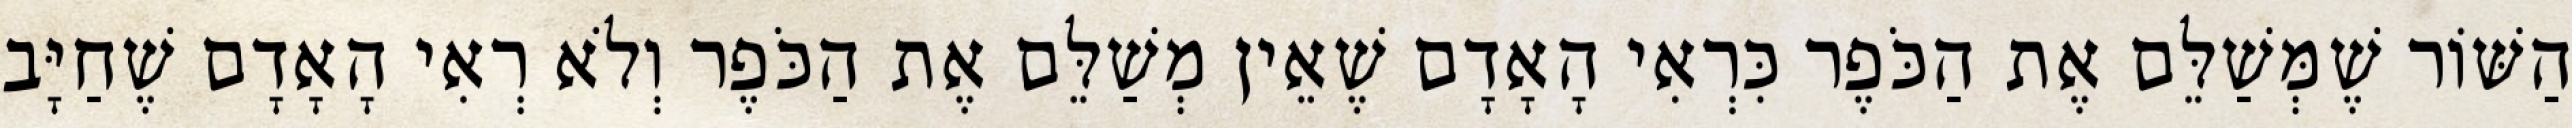
הַשּׁוֹר שֶׁמְּשַׁלֵּם אֶת הַכֹּפֶר כִּרְאִי הָאָדָם שֶׁאֵין מְשַׁלֵּם אֶת הַכֹּפֶר וְלֹא רְאִי הָאָדָם שֶׁחַיָּב